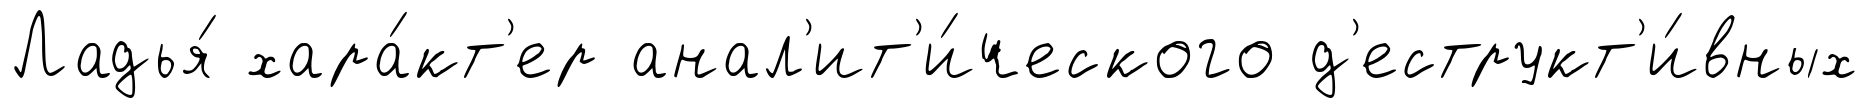
Ладья́ хара́кт'ер анал'ит'и́ческого д'еструкт'и́вных